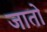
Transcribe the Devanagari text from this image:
जाताे